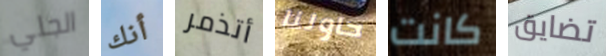
الجلي أنك أتذمر حاولنا كانت تضايق